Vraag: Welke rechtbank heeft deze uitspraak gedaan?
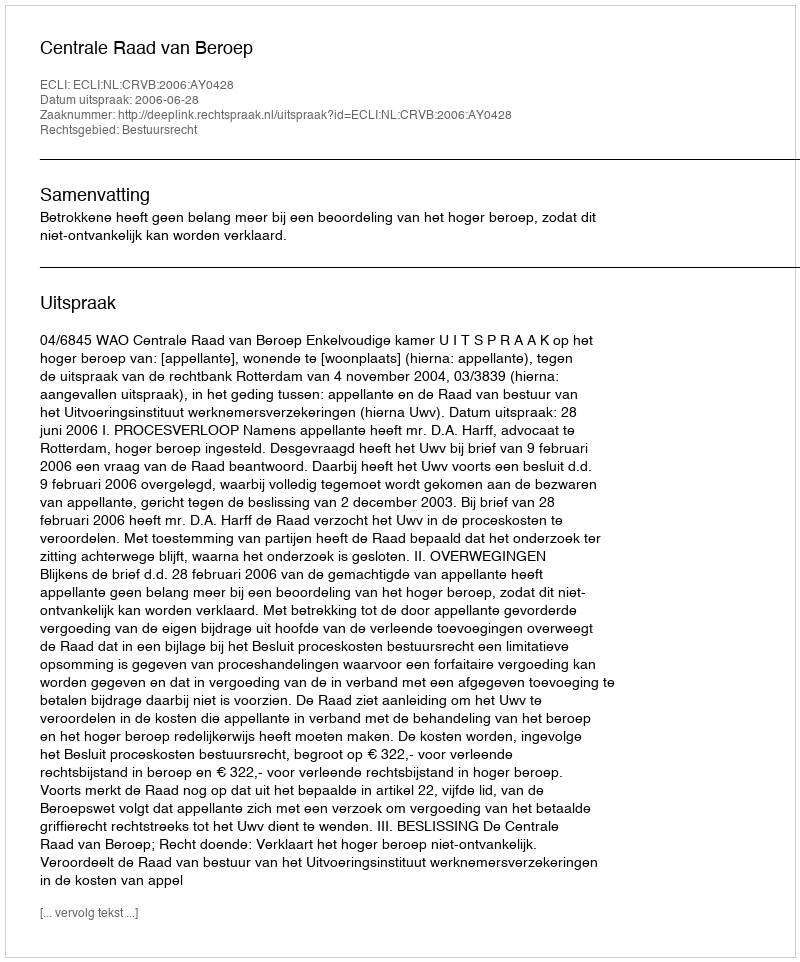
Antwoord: Centrale Raad van Beroep